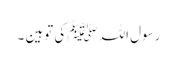
رسول اللہ ﷺ کی توہین ۔